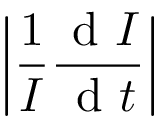
\left| \frac { 1 } { I } \frac { \textrm { d } I } { \textrm { d } t } \right|